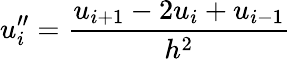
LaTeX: u_{i}^{\prime\prime}={\frac{u_{i+1}-2u_{i}+u_{i-1}}{h^{2}}}